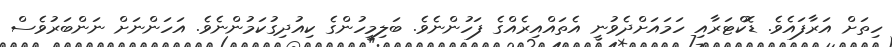
ހިތަށް އަރާފައެވެ. ޑޮކްޓަރާއި ހަމައަށްދެވުނީ އެތައްއިރެއްގެ ފަހުންނެވެ. ބަލިމީހުންގެ ކިއުދިގުކަމުންނެވެ. އަހަންނަށް ނަންބަރުވެސް